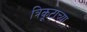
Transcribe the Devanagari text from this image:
त्रिकूटाच्या